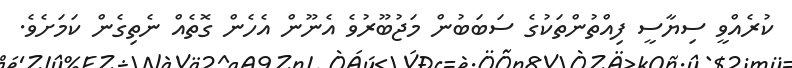
ކުރެއްވީ ސިޔާސީ ފިއްތުންތަކުގެ ސަބަބުން މަޖުބޫރުވެ އެނޫން އެހެން ގޮތެއް ނެތިގެން ކަމަށެވެ.